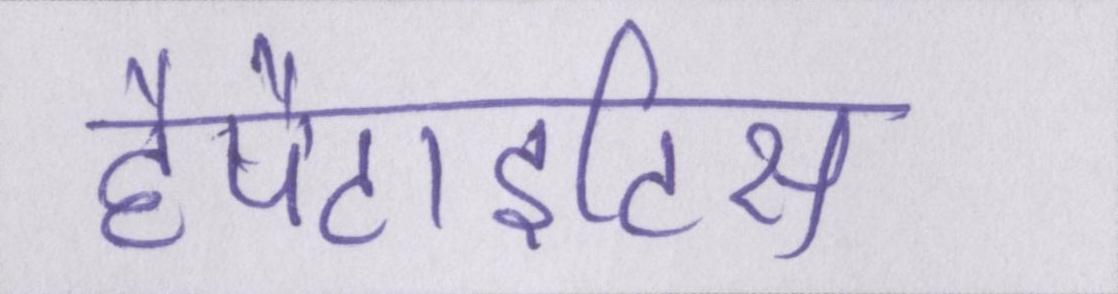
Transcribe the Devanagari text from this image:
हैपैटाइटिस